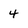
Character: 4